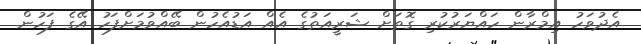
އެދުވަހު އިމްރާން ހައްޔަރުކުރި ގޮތަށް ޝަރީއަތުގެ އެއް އަޑުއެހުން ބޭއްވުމަށްފަހު އޭގެ ފަހުން